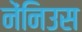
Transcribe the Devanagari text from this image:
नेंनिउस